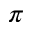
\pi